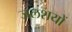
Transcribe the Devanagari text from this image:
जलशयों